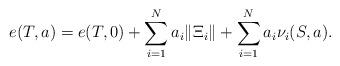
LaTeX: \begin{align*}e(T,a) = e(T,0) + \sum_{i=1}^N a_i \Vert \Xi_i \Vert + \sum_{i=1}^N a_i \nu_i(S,a).\end{align*}